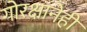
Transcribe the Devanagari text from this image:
गोरक्षानेही